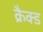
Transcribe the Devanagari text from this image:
क्रैक्ड